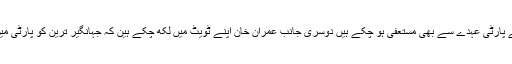
واضح رہے کہ نا اہلی کے بعد جہانگیر ترین اپنے پارٹی عہدے سے بھی مستعفی ہو چکے ہیں دوسری جانب عمران خان اپنے ٹویٹ میں لکھ چکے ہین کہ جہانگیر ترین کو پارٹی میں رہنے کے لئے کسی عہدے کی ضرورت نہیں۔